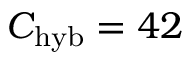
C _ { \mathrm { h y b } } = 4 2